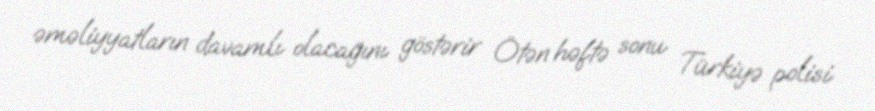
əməliyyatların davamlı olacağını göstərir Ötən həftə sonu Türkiyə polisi